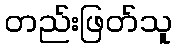
တည်းဖြတ်သူ